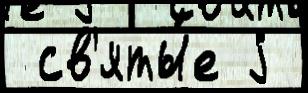
 св'яты́е j